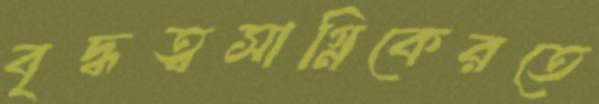
বৃদ্ধত্বসাগ্নিকেরতে